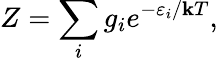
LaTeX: Z=\sum_{i}g_{i}e^{-\varepsilon_{i}/\mathbf{k}T},